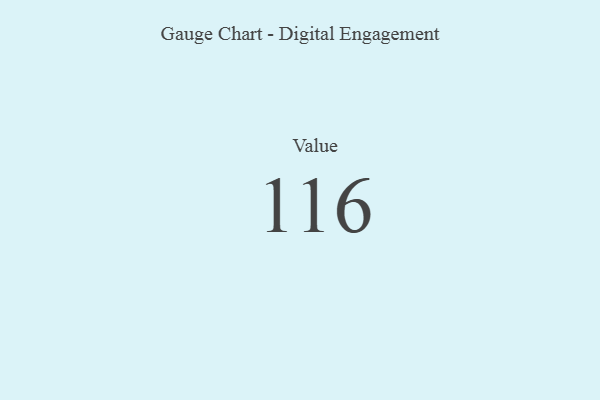
{"axis": {"x": "Metric", "y": "Value"}, "legend": [""], "data": [{"x": "Value", "y": 116, "type": ""}]}